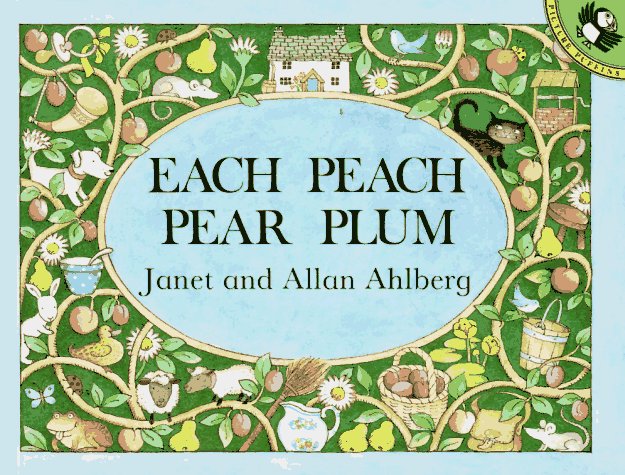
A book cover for Each Peach Pear Plum (Picture Puffins); Allan Ahlberg; Children's Books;